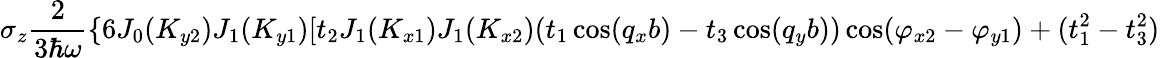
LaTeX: \sigma_{z}\frac{2}{3\hbar\omega}\{ 6J_{0}(K_{y2})J_{1}(K_{y1})[t_{2}J_{1}(K_{x1})J_{1}(K_{x2})(t_{1}\cos(q_{x}b)-t_{3}\cos(q_{y}b))\cos(\varphi_{x2}-\varphi_{y1})+(t_{1}^{2}-t_{3}^{2})